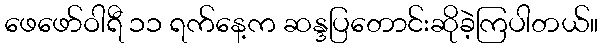
ဖေဖော်ဝါရီ ၁၁ ရက်နေ့က ဆန္ဒပြတောင်းဆိုခဲ့ကြပါတယ်။